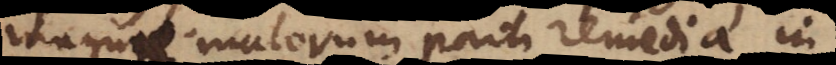
magnae malorum parti remedia in